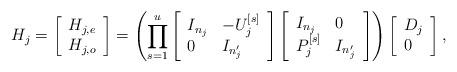
LaTeX: \begin{align*}H_j = \left[\begin{array}{l}H_{j,e} \\ H_{j,o}\end{array}\right]=\left(\prod_{s=1}^{u}\left[\begin{array}{ll}I_{n_j} & -U_j^{[s]} \\ 0 & I_{n_j'}\end{array}\right]\left[\begin{array}{ll}I_{n_j} & 0 \\ P_j^{[s]} & I_{n_j'}\end{array}\right]\right)\left[\begin{array}{l}D_j \\ 0\end{array}\right],\end{align*}